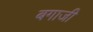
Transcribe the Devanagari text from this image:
बगाजी